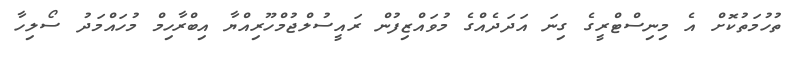
ތުހުމަތުކޮށް އެ މިނިސްޓްރީގެ ގިނަ އަދަދެއްގެ މުވައްޒިފުން ރައީސުލްޖުމްހޫރިއްޔާ އިބްރާހިމް މުހައްމަދު ސޯލިހާ